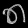
Digit: ၈